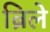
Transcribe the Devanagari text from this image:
ब्रिले